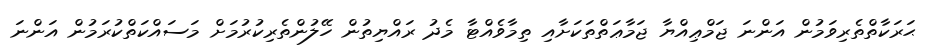
ޙަރަކާތްތެރިވަމުން އަންނަ ޖަމްޢިއްޔާ ޖަމާޢަތްތަކަށާއި ތިމާވެއްޓާ މެދު ރައްޔިތުން ހޭލުންތެރިކުރުމަށް މަސައްކަތްކުރަމުން އަންނަ